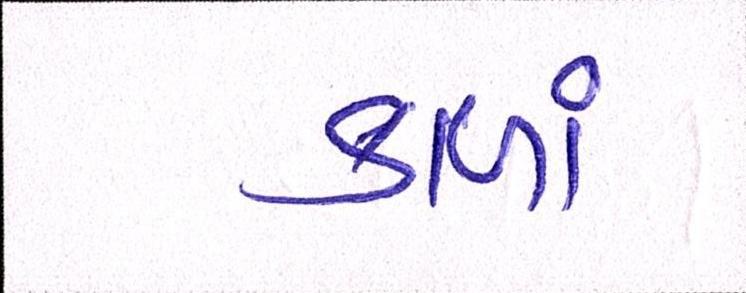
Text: કાળાં